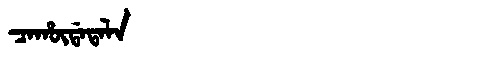
Manchu: ᠴᠠᡥᡡᡩᠠᡨᠠᠯᠠ
Romanization: CAHŪDATALA